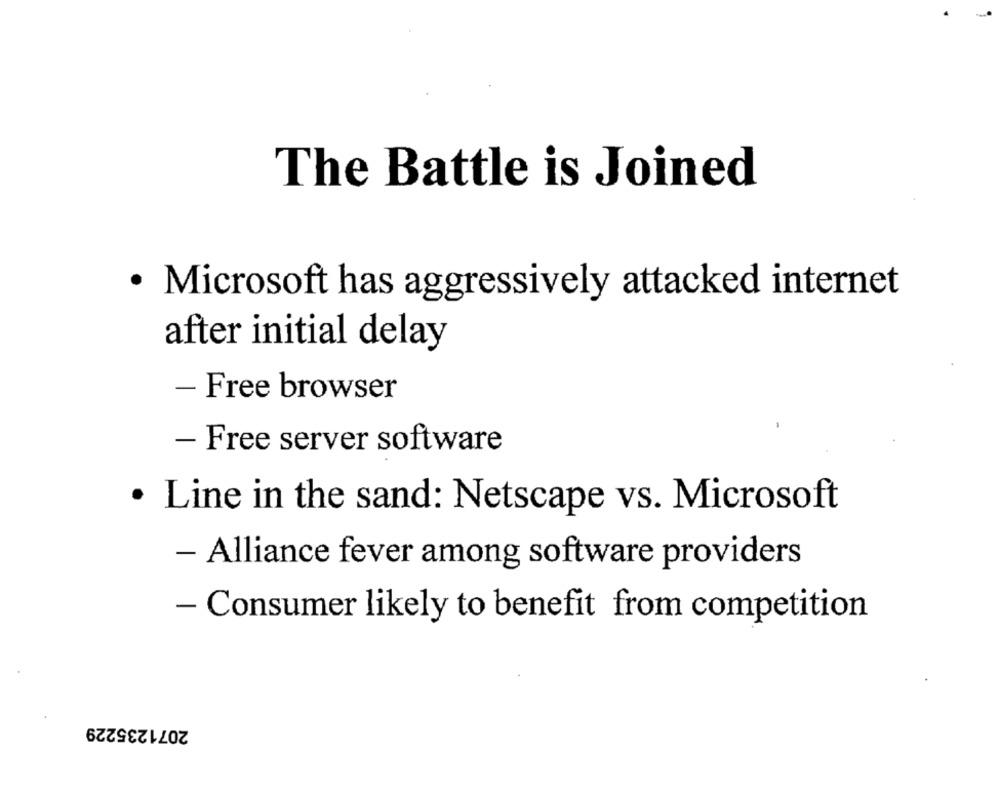
The Battle is Joined
· Microsoft has aggressively attacked internet
after initial delay
- Free browser
- Free server software
· Line in the sand: Netscape vs. Microsoft
- Alliance fever among software providers
- Consumer likely to benefit from competition
2071235229